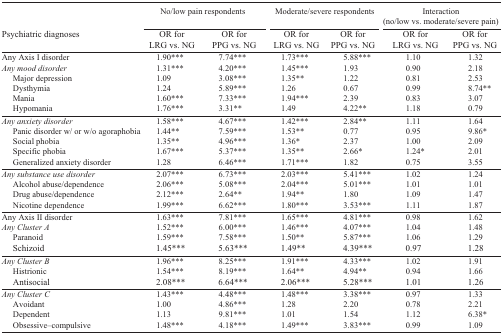
<table><thead><tr><td rowspan="2"><b>Psychiatric diagnoses</b></td><td colspan="2"><b>No/low pain respondents</b></td><td colspan="2"><b>Moderate/severe respondents</b></td><td colspan="2"><b>Interac (no/low vs. moderate/severe pain)</b></td></tr><tr><td><b>OR for LRG vs. NG</b></td><td><b>OR for PPG vs. NG</b></td><td><b>OR for LRG vs NG</b></td><td><b>OR for PPG vs. NG</b></td><td><b>OR for LRG vs. NG</b></td><td><b>OR for PPG vs. NG</b></td></tr></thead><tbody><tr><td>Any Axis I disorder</td><td>1.90<sup>***</sup></td><td>7.74<sup>***</sup></td><td>1.73<sup>***</sup></td><td>5.88<sup>***</sup></td><td>1.10</td><td>1.32</td></tr><tr><td><i>Any mood disorder</i></td><td>1.31<sup>***</sup></td><td>4.20<sup>***</sup></td><td>1.45<sup>***</sup></td><td>1.93</td><td>0.90</td><td>2.18</td></tr><tr><td>Major depression</td><td>1.09</td><td>3.08<sup>***</sup></td><td>1.35<sup>**</sup></td><td>1.22</td><td>0.81</td><td>2.53</td></tr><tr><td>Dysthymia</td><td>1.24</td><td>5.89<sup>***</sup></td><td>1.26</td><td>0.67</td><td>0.99</td><td>8.74<sup>**</sup></td></tr><tr><td>Mania</td><td>1.60<sup>***</sup></td><td>7.33<sup>***</sup></td><td>1.94<sup>***</sup></td><td>2.39</td><td>0.83</td><td>3.07</td></tr><tr><td>Hypomania</td><td>1.76<sup>***</sup></td><td>3.31<sup>**</sup></td><td>1.49</td><td>4.22<sup>**</sup></td><td>1.18</td><td>0.79</td></tr><tr><td><i>Any anxiety disorder</i></td><td>1.58<sup>***</sup></td><td>4.67<sup>***</sup></td><td>1.42<sup>***</sup></td><td>2.84<sup>**</sup></td><td>1.11</td><td>1.64</td></tr><tr><td>Panic disorder w/ or w/o agoraphobia</td><td>1.44<sup>**</sup></td><td>7.59<sup>***</sup></td><td>1.53<sup>**</sup></td><td>0.77</td><td>0.95</td><td>9.86<sup>*</sup></td></tr><tr><td>Social phobia</td><td>1.35<sup>**</sup></td><td>4.96<sup>***</sup></td><td>1.36<sup>*</sup></td><td>2.37</td><td>1.00</td><td>2.09</td></tr><tr><td>Specific phobia</td><td>1.67<sup>***</sup></td><td>5.37<sup>***</sup></td><td>1.35<sup>**</sup></td><td>2.66<sup>*</sup></td><td>1.24<sup>*</sup></td><td>2.01</td></tr><tr><td>Generalized anxiety disorder</td><td>1.28</td><td>6.46<sup>***</sup></td><td>1.71<sup>***</sup></td><td>1.82</td><td>0.75</td><td>3.55</td></tr><tr><td><i>Any substance use disorder</i></td><td>2.07<sup>***</sup></td><td>6.73<sup>***</sup></td><td>2.03<sup>***</sup></td><td>5.41<sup>***</sup></td><td>1.02</td><td>1.24</td></tr><tr><td>Alcohol abuse/dependence</td><td>2.06<sup>***</sup></td><td>5.08<sup>***</sup></td><td>2.04<sup>***</sup></td><td>5.01<sup>***</sup></td><td>1.01</td><td>1.01</td></tr><tr><td>Drug abuse/dependence</td><td>2.12<sup>***</sup></td><td>2.64<sup>**</sup></td><td>1.94<sup>**</sup></td><td>1.80</td><td>1.09</td><td>1.47</td></tr><tr><td>Nicotine dependence</td><td>1.99<sup>***</sup></td><td>6.62<sup>***</sup></td><td>1.80<sup>***</sup></td><td>3.53<sup>***</sup></td><td>1.11</td><td>1.87</td></tr><tr><td>Any Axis II disorder</td><td>1.63<sup>***</sup></td><td>7.81<sup>***</sup></td><td>1.65<sup>***</sup></td><td>4.81<sup>***</sup></td><td>0.98</td><td>1.62</td></tr><tr><td><i>Any Cluster A</i></td><td>1.52<sup>***</sup></td><td>6.00<sup>***</sup></td><td>1.46<sup>***</sup></td><td>4.07<sup>***</sup></td><td>1.04</td><td>1.48</td></tr><tr><td>Paranoid</td><td>1.59<sup>***</sup></td><td>7.58<sup>***</sup></td><td>1.50<sup>**</sup></td><td>5.87<sup>***</sup></td><td>1.06</td><td>1.29</td></tr><tr><td>Schizoid</td><td>1.45<sup>***</sup></td><td>5.63<sup>***</sup></td><td>1.49<sup>**</sup></td><td>4.39<sup>***</sup></td><td>0.97</td><td>1.28</td></tr><tr><td><i>Any Cluster B</i></td><td>1.96<sup>***</sup></td><td>8.25<sup>***</sup></td><td>1.91<sup>***</sup></td><td>4.33<sup>***</sup></td><td>1.02</td><td>1.91</td></tr><tr><td>Histrionic</td><td>1.54<sup>***</sup></td><td>8.19<sup>***</sup></td><td>1.64<sup>**</sup></td><td>4.94<sup>**</sup></td><td>0.94</td><td>1.66</td></tr><tr><td>Antisocial</td><td>2.08<sup>***</sup></td><td>6.64<sup>***</sup></td><td>2.06<sup>***</sup></td><td>5.28<sup>***</sup></td><td>1.01</td><td>1.26</td></tr><tr><td><i>Any Cluster C</i></td><td>1.43<sup>***</sup></td><td>4.48<sup>***</sup></td><td>1.48<sup>***</sup></td><td>3.38<sup>***</sup></td><td>0.97</td><td>1.33</td></tr><tr><td>Avoidant</td><td>1.00</td><td>4.86<sup>***</sup></td><td>1.28</td><td>2.20</td><td>0.78</td><td>2.21</td></tr><tr><td>Dependent</td><td>1.13</td><td>9.81<sup>***</sup></td><td>1.01</td><td>1.54</td><td>1.12</td><td>6.38<sup>*</sup></td></tr><tr><td>Obsessive-compulsive</td><td>1.48<sup>***</sup></td><td>4.18<sup>***</sup></td><td>1.49<sup>***</sup></td><td>3.83<sup>***</sup></td><td>0.99</td><td>1.09</td></tr></tbody></table>